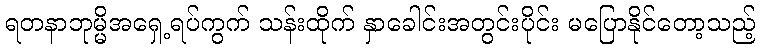
ရတနာဘုမ္မိအရှေ့ရပ်ကွက် သန်းထိုက် နှာခေါင်းအတွင်းပိုင်း မပြောနိုင်တော့သည့်